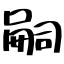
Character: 嗣